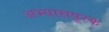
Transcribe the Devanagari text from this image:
अभ्यासपूरक